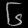
Digit: ၆